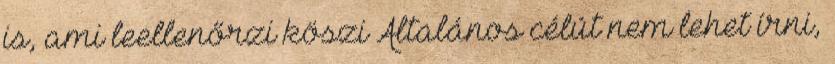
is, ami leellenőrzi köszi Általános célút nem lehet írni,